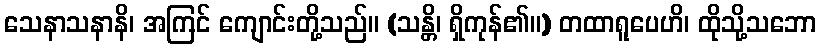
သေနာသနာနိ၊ အကြင် ကျောင်းတို့သည်။ (သန္တိ၊ ရှိကုန်၏။) တထာရူပေဟိ၊ ထိုသို့သဘော